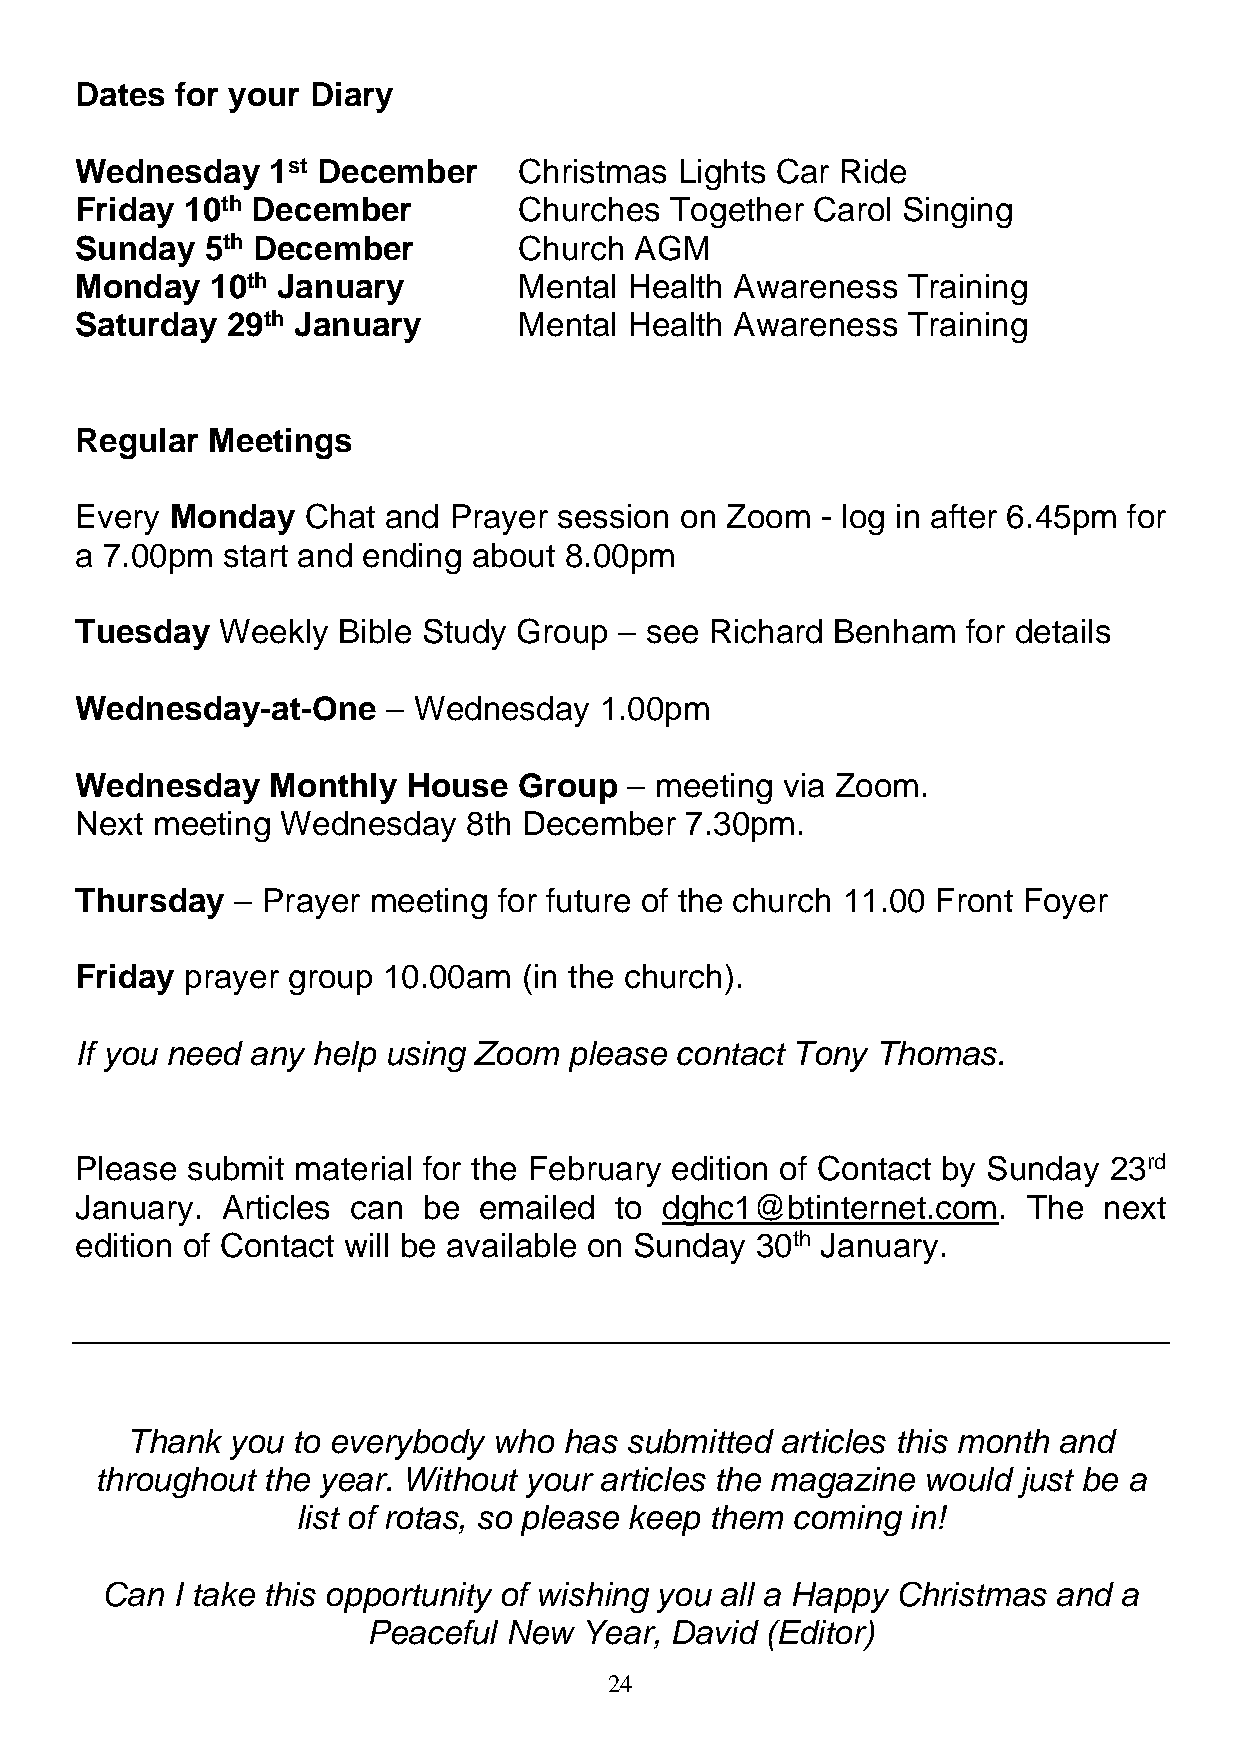
Dates  for your Diary
 Wednesday    1st December    Christmas  Lights Car Ride
 Friday 10th December         Churches  Together  Carol Singing
 Sunday   5th December        Church  AGM
 Monday   10th January        Mental  Health Awareness  Training
 Saturday  29th January       Mental  Health Awareness  Training
 Regular  Meetings
 Every Monday   Chat and  Prayer session on Zoom  - log in after 6.45pm for
 a 7.00pm  start and ending about 8.00pm
 Tuesday   Weekly Bible Study Group  – see Richard Benham   for details
 Wednesday-at-One     – Wednesday   1.00pm
 Wednesday    Monthly  House  Group   – meeting via Zoom.
 Next meeting  Wednesday   8th December  7.30pm.
 Thursday  – Prayer meeting  for future of the church 11.00 Front Foyer
 Friday prayer group 10.00am   (in the church).
 If you need any help using Zoom  please contact Tony Thomas.
 Please submit  material for the February edition of Contact by Sunday 23rd
 January.  Articles can be  emailed  to dghc1@btinternet.com.   The  next
 edition of Contact will be available on Sunday 30th January.
 Thank  you to everybody  who has submitted  articles this month and
 throughout the year. Without your articles the magazine would just be a
 list of rotas, so please keep them coming in!
 Can I take this opportunity of wishing you all a Happy Christmas and a
 Peaceful New  Year, David  (Editor)
 24